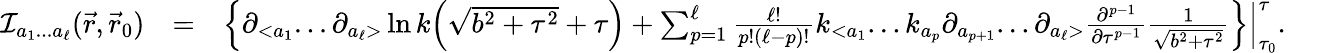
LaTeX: \begin{array}{rlr}{{\cal I}_{a_{1}...a_{\ell}}(\vec{r},\vec{r}_{0})}&{=}&{\Big\{ \partial_{<a_{1}}...\partial_{a_{\ell}>}\ln k\Big({\sqrt{b^{2}+\tau^{2}}+\tau}\Big)+\sum_{p=1}^{\ell}\frac{\ell!}{p!(\ell-p)!}k_{<a_{1}}...k_{a_{p}}\partial_{a_{p+1}}...\partial_{a_{\ell}>}\frac{\partial^{p-1}}{\partial\tau^{p-1}}\frac{1}{\sqrt{b^{2}+\tau^{2}}}\Big\} \Big|_{\tau_{0}}^{\tau}.~~~~}\end{array}